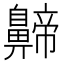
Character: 𪖰